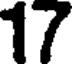
17